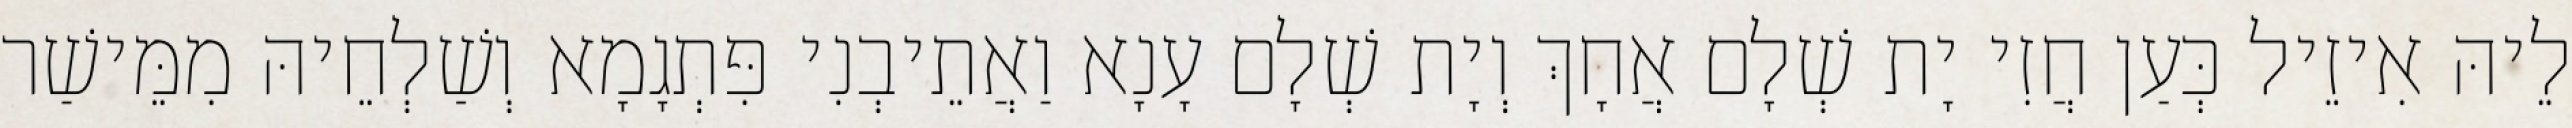
לֵיהּ אִיזֵיל כְּעַן חֲזִי יָת שְׁלָם אֲחָךְ וְיָת שְׁלָם עָנָא וַאֲתֵיבְנִי פִּתְגָמָא וְשַׁלְחֵיהּ מִמֵּישַׁר